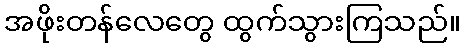
အဖိုးတန်လေတွေ ထွက်သွားကြသည်။